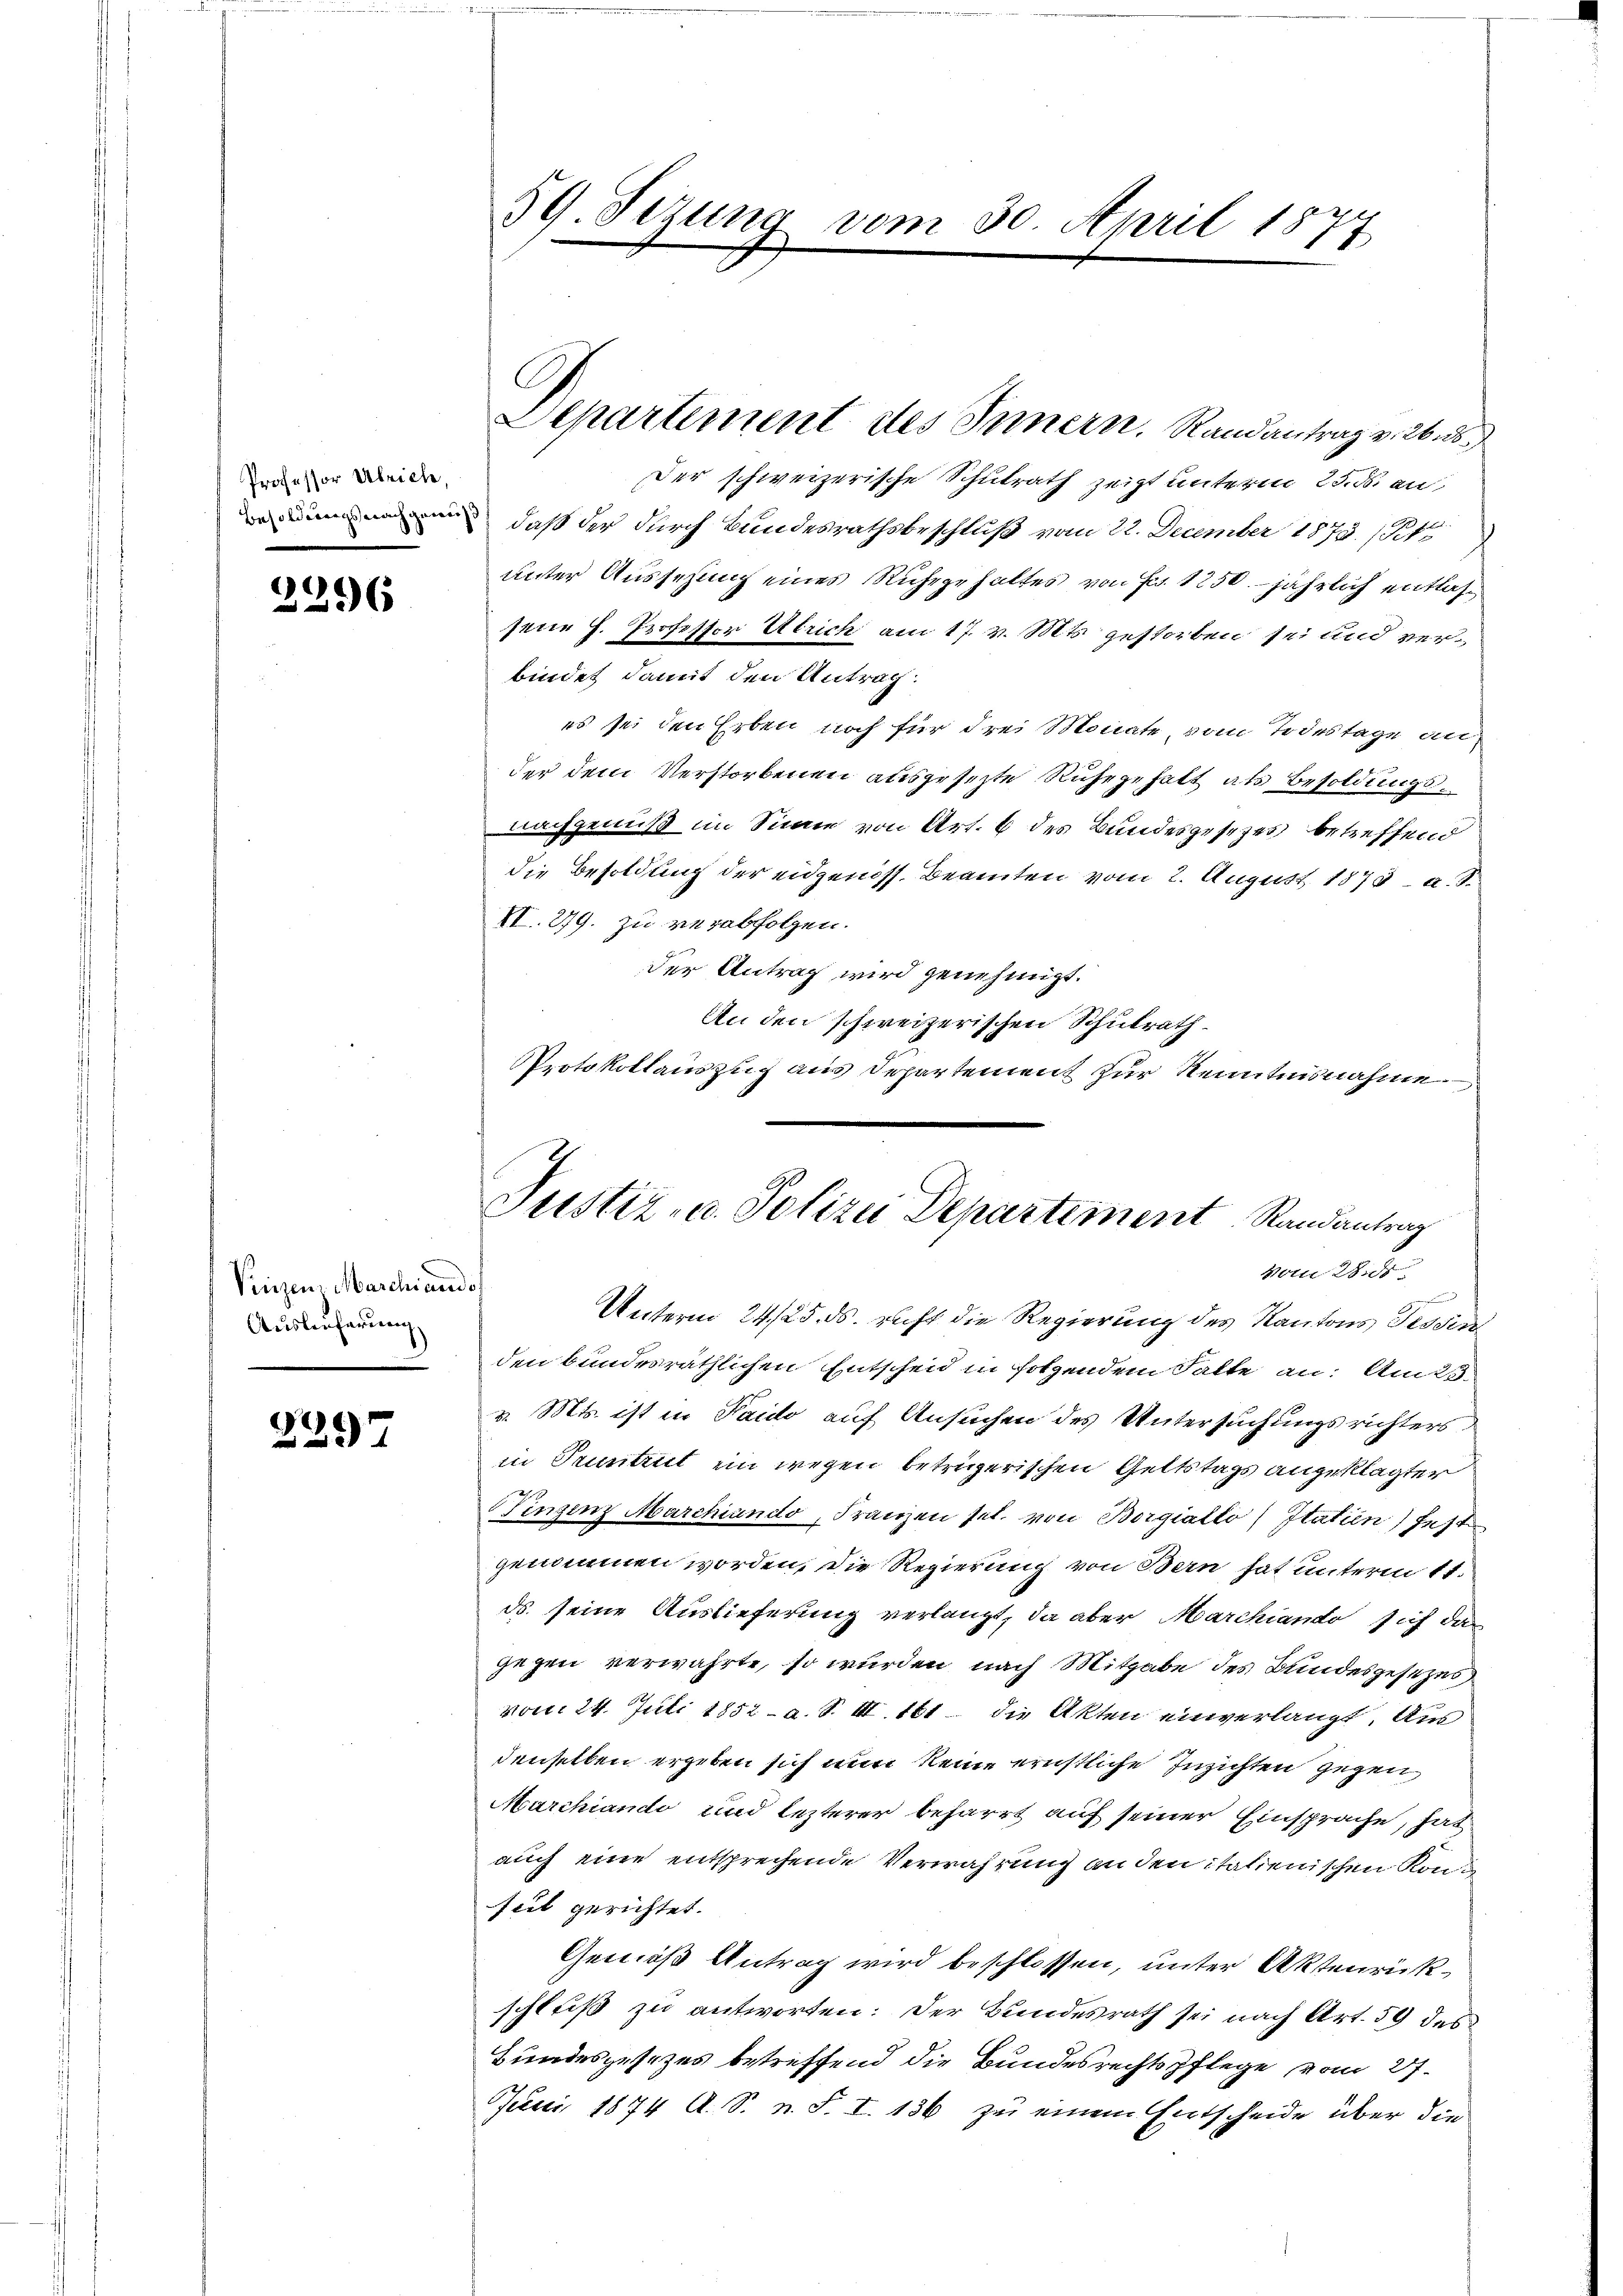
Professor Ulriche,

2396

Vinzen Marchiands
Auslieferung

dec
237

59. Sezung vom 30. April 1877

Der schweizerische Schulrath zeigt unterm 25. ds. an
 daß der durch Bundesrathsbeschluß vom 22. December 1873. /Pf
Unter Aussezung eines Ruhegehaltes von Fr. 1250. jährlich entlassene H. Professor Utrich am 17. v. Mts. gestorben sei und verbindet damit den Antrag.
es sei den Erben noch für drei Monate, vom Todestage an
der dem Verstorbenen ausgesezte Ruhegehalt als Besoldungsnachgenuß im Sinne von Art. 6 des Bundesgesezes betreffend
die Besoldung der eidgenöss. Beamten vom 2. August 1873 - a. d.
VI. 279. zu verabfolgen.
der Antrag wird genehmigt.
An den schweizerischen Schulrath.
Protokollauszug aus Departement zur Kenntnisnahme

Departement des Innern. Randantrag v. 26. ds.

Justiz- u. Polizei Departement Randantrag
vom 28. ds.

Unterm 24./25. ds. recht die Regierung des Kantons Tessin
den bundesräthlichen Entscheid in sotzendem Gatte an. Am 25.
v. Mts. ist in Paido auf Ansuchen des Untersuchungsrichters
in Pruntrut ein wegen betrügerischen Geltstags angeklagter
Winzenz Marchiando, Franzen sel. von Borgiallo statien) fest
genommen worden, die Regierung von Bern hat unterm 11.
ds. seine Auslieferung verlangt, da aber Marchiando sich das
gegen verwahrte, so wurden nach Mitgabe des Bundesgesezes
vom 24. Juli 1852 - a. S. III. 161 die Akten einverlangt. Aus
denselben ergeben sich nun keine ernstliche Inzichten gegen
Marchiando und lezterer beharrt auf seiner Einsprache, hat
auch eine entsprechende Verwahrung an den italienischen Konfeil gerichtet.
Gemäß Antrag wird beschlossen, unter Aktenrückschluß zu antworten: Der Bundesrath sei nach Art. 59 des
Bundesgesetzes betreffend die Bundesrechtspflege vom 27.
Juni 1874 A. S. n. F. I. 136 zu einem Entscheide über die